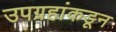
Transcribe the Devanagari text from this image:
उपग्रहांकडून